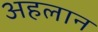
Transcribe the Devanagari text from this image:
अहलान